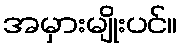
အမှားမျိုးပင်။